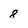
Character: 8